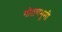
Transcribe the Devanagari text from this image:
गोठणभूमी